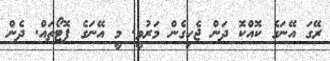
ރޭގަ އޭނަގެ ކޮއްކޮ ދަން ޖެހިގެން މަރުވީ. މީ އޭނަގެ ފޮޓޯތައް. ދެން